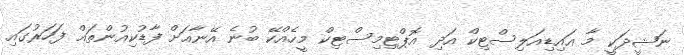
ނަޝީދަކީ މާ އައިޑިއަލިސްޓިކް އަދި އޮޕްޓިމިސްޓިކް މީހެއްކޭ ބުނެ އޭނާއަށް ފާޑުކިއުންތައް ފަހަރުގައި